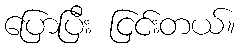
ပြောပြီး ငြင်းတယ်။